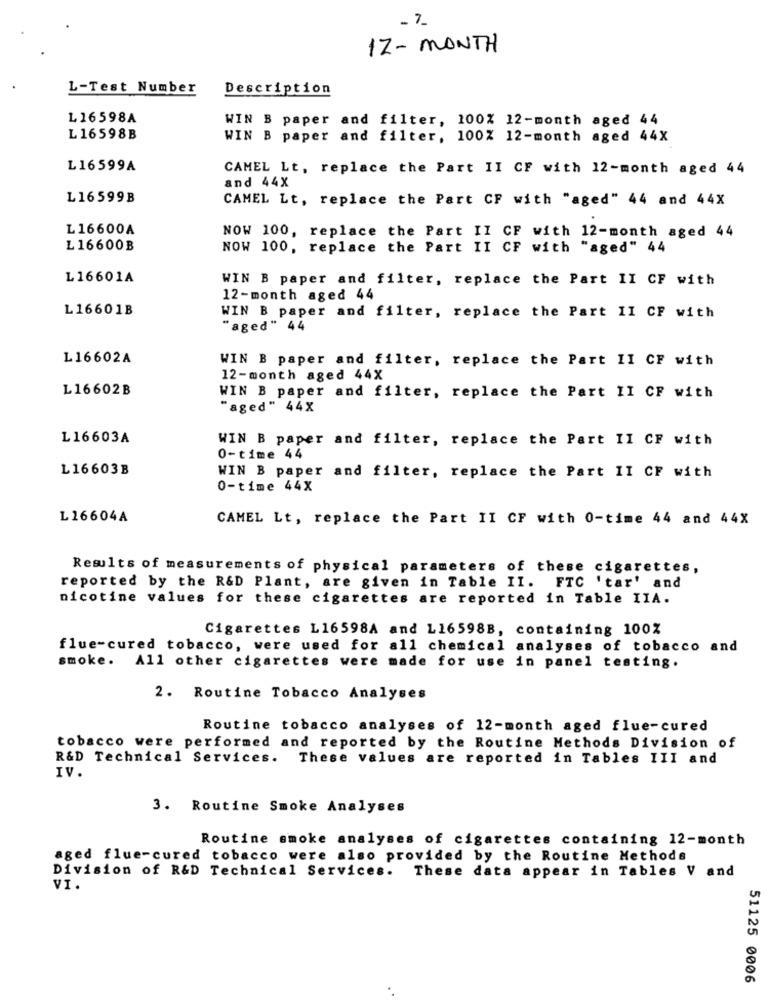
-7
12 - MONTH
L-Test Number
Description
L16598A
WIN B paper and filter, 100% 12-month aged 44
L 16598B
WIN B paper and filter, 100% 12-month aged 44X
L16599A
CAMEL Lt, replace the Part II CF with 12-month aged 44
and 44X
L16599B
CAMEL Lt, replace the Part CF with "aged" 44 and 44x
L16600A
NOW 100, replace the Part II CF with 12-month aged 44
L16600B
NOW 100, replace the Part II CF with "aged" 44
L16601A
WIN B paper and filter, replace the Part II CF with
12-month aged 44
L16601B
WIN B paper and filter, replace the Part II CF with
"aged" 44
L16602A
WIN B paper and filter, replace the Part II CF with
12-month aged 44X
L16602B
WIN B paper and filter, replace the Part II CF with
"aged" 44X
L16603A
WIN B paper and filter, replace the Part II CF with
0-time 44
L16603B
WIN B paper and filter, replace the Part II CF with
0-time 44X
L16604A
CAMEL Lt, replace the Part II CF with 0-time 44 and 44X
Results of measurements of physical parameters of these cigarettes,
reported by the R&D Plant, are given in Table II. FTC 'tar' and
nicotine values for these cigarettes are reported in Table IIA.
Cigarettes L16598A and L16598B, containing 100%
flue-cured tobacco, were used for all chemical analyses of tobacco and
smoke. All other cigarettes were made for use in panel testing.
2. Routine Tobacco Analyses
Routine tobacco analyses of 12-month aged flue-cured
tobacco were performed and reported by the Routine Methods Division of
R&D Technical Services.
These values are reported in Tables III and
IV.
3. Routine Smoke Analyses
Routine smoke analyses of cigarettes containing 12-month
aged flue-cured tobacco were also provided by the Routine Methods
Division of R&D Technical Services. These data appear in Tables V and
VI.
51125 0006